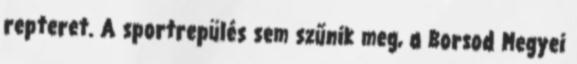
repteret. A sportrepülés sem szűnik meg, a Borsod Megyei